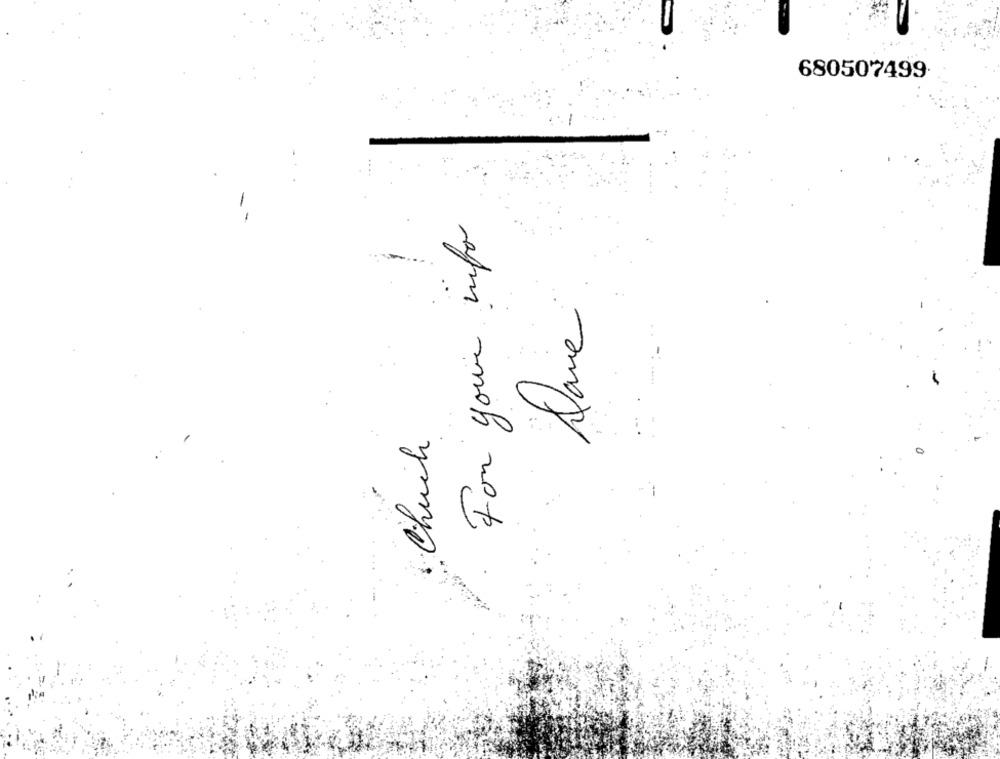
680507499
For your info
Dane
Chuck